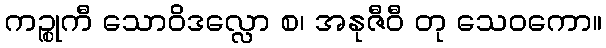
ကဉ္စုကီ သောဝိဒလ္လော စ၊ အနုဇီဝီ တု သေဝကော။